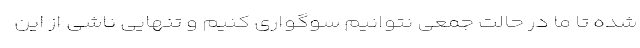
شده تا ما در حالت جمعی نتوانیم سوگواری کنیم و تنهایی ناشی از این